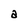
Character: a